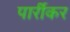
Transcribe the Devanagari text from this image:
पार्रीकर